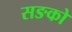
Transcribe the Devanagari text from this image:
सङको